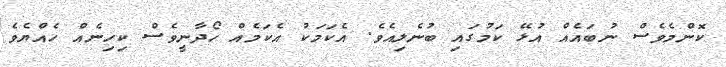
ކޮންމެވެސް ނުބައެއް އުޅޭ ކަމުގައި ބުނެލިއެވެ. އެކަމަކު އެކަމެއް ހޯދާނީވެސް ކިހިނެއް ހެއްޔެވެ